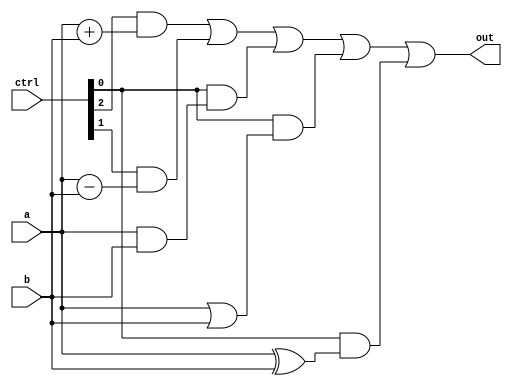
module ALU_1bit(
    input wire a,
    input wire b,
    input wire [2:0] ctrl,
    output wire out
);

    assign out = (ctrl[2] & (a + b)) | (ctrl[1] & (a - b)) | (ctrl[0] & (a & b)) | (ctrl[0] & (a | b)) | (ctrl[0] & (a ^ b));

endmodule